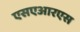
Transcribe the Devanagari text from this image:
एसएआरएस